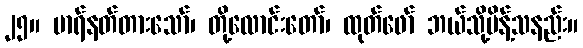
၂၅။ မာရ်နတ်တားသော်၊ တို့လောင်းတော်၊ ထုတ်ဖော် ဘယ်သို့မိန့်သနည်း။